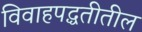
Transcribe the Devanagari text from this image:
विवाहपद्धतीतील